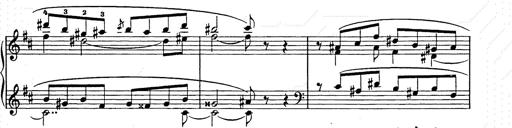
Title: Ballade No.2
Composer: Jan Skrzydlewski
Key: B minor